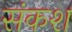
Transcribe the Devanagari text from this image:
संकश